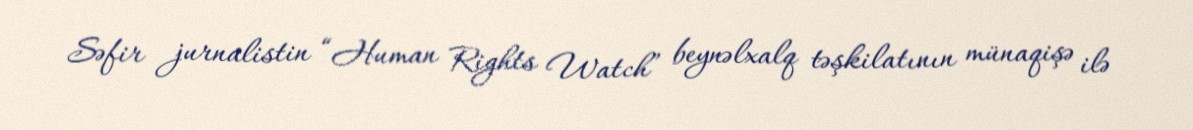
Səfir jurnalistin “Human Rights Watch” beynəlxalq təşkilatının münaqişə ilə